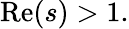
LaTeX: \operatorname{Re}(s)>1.